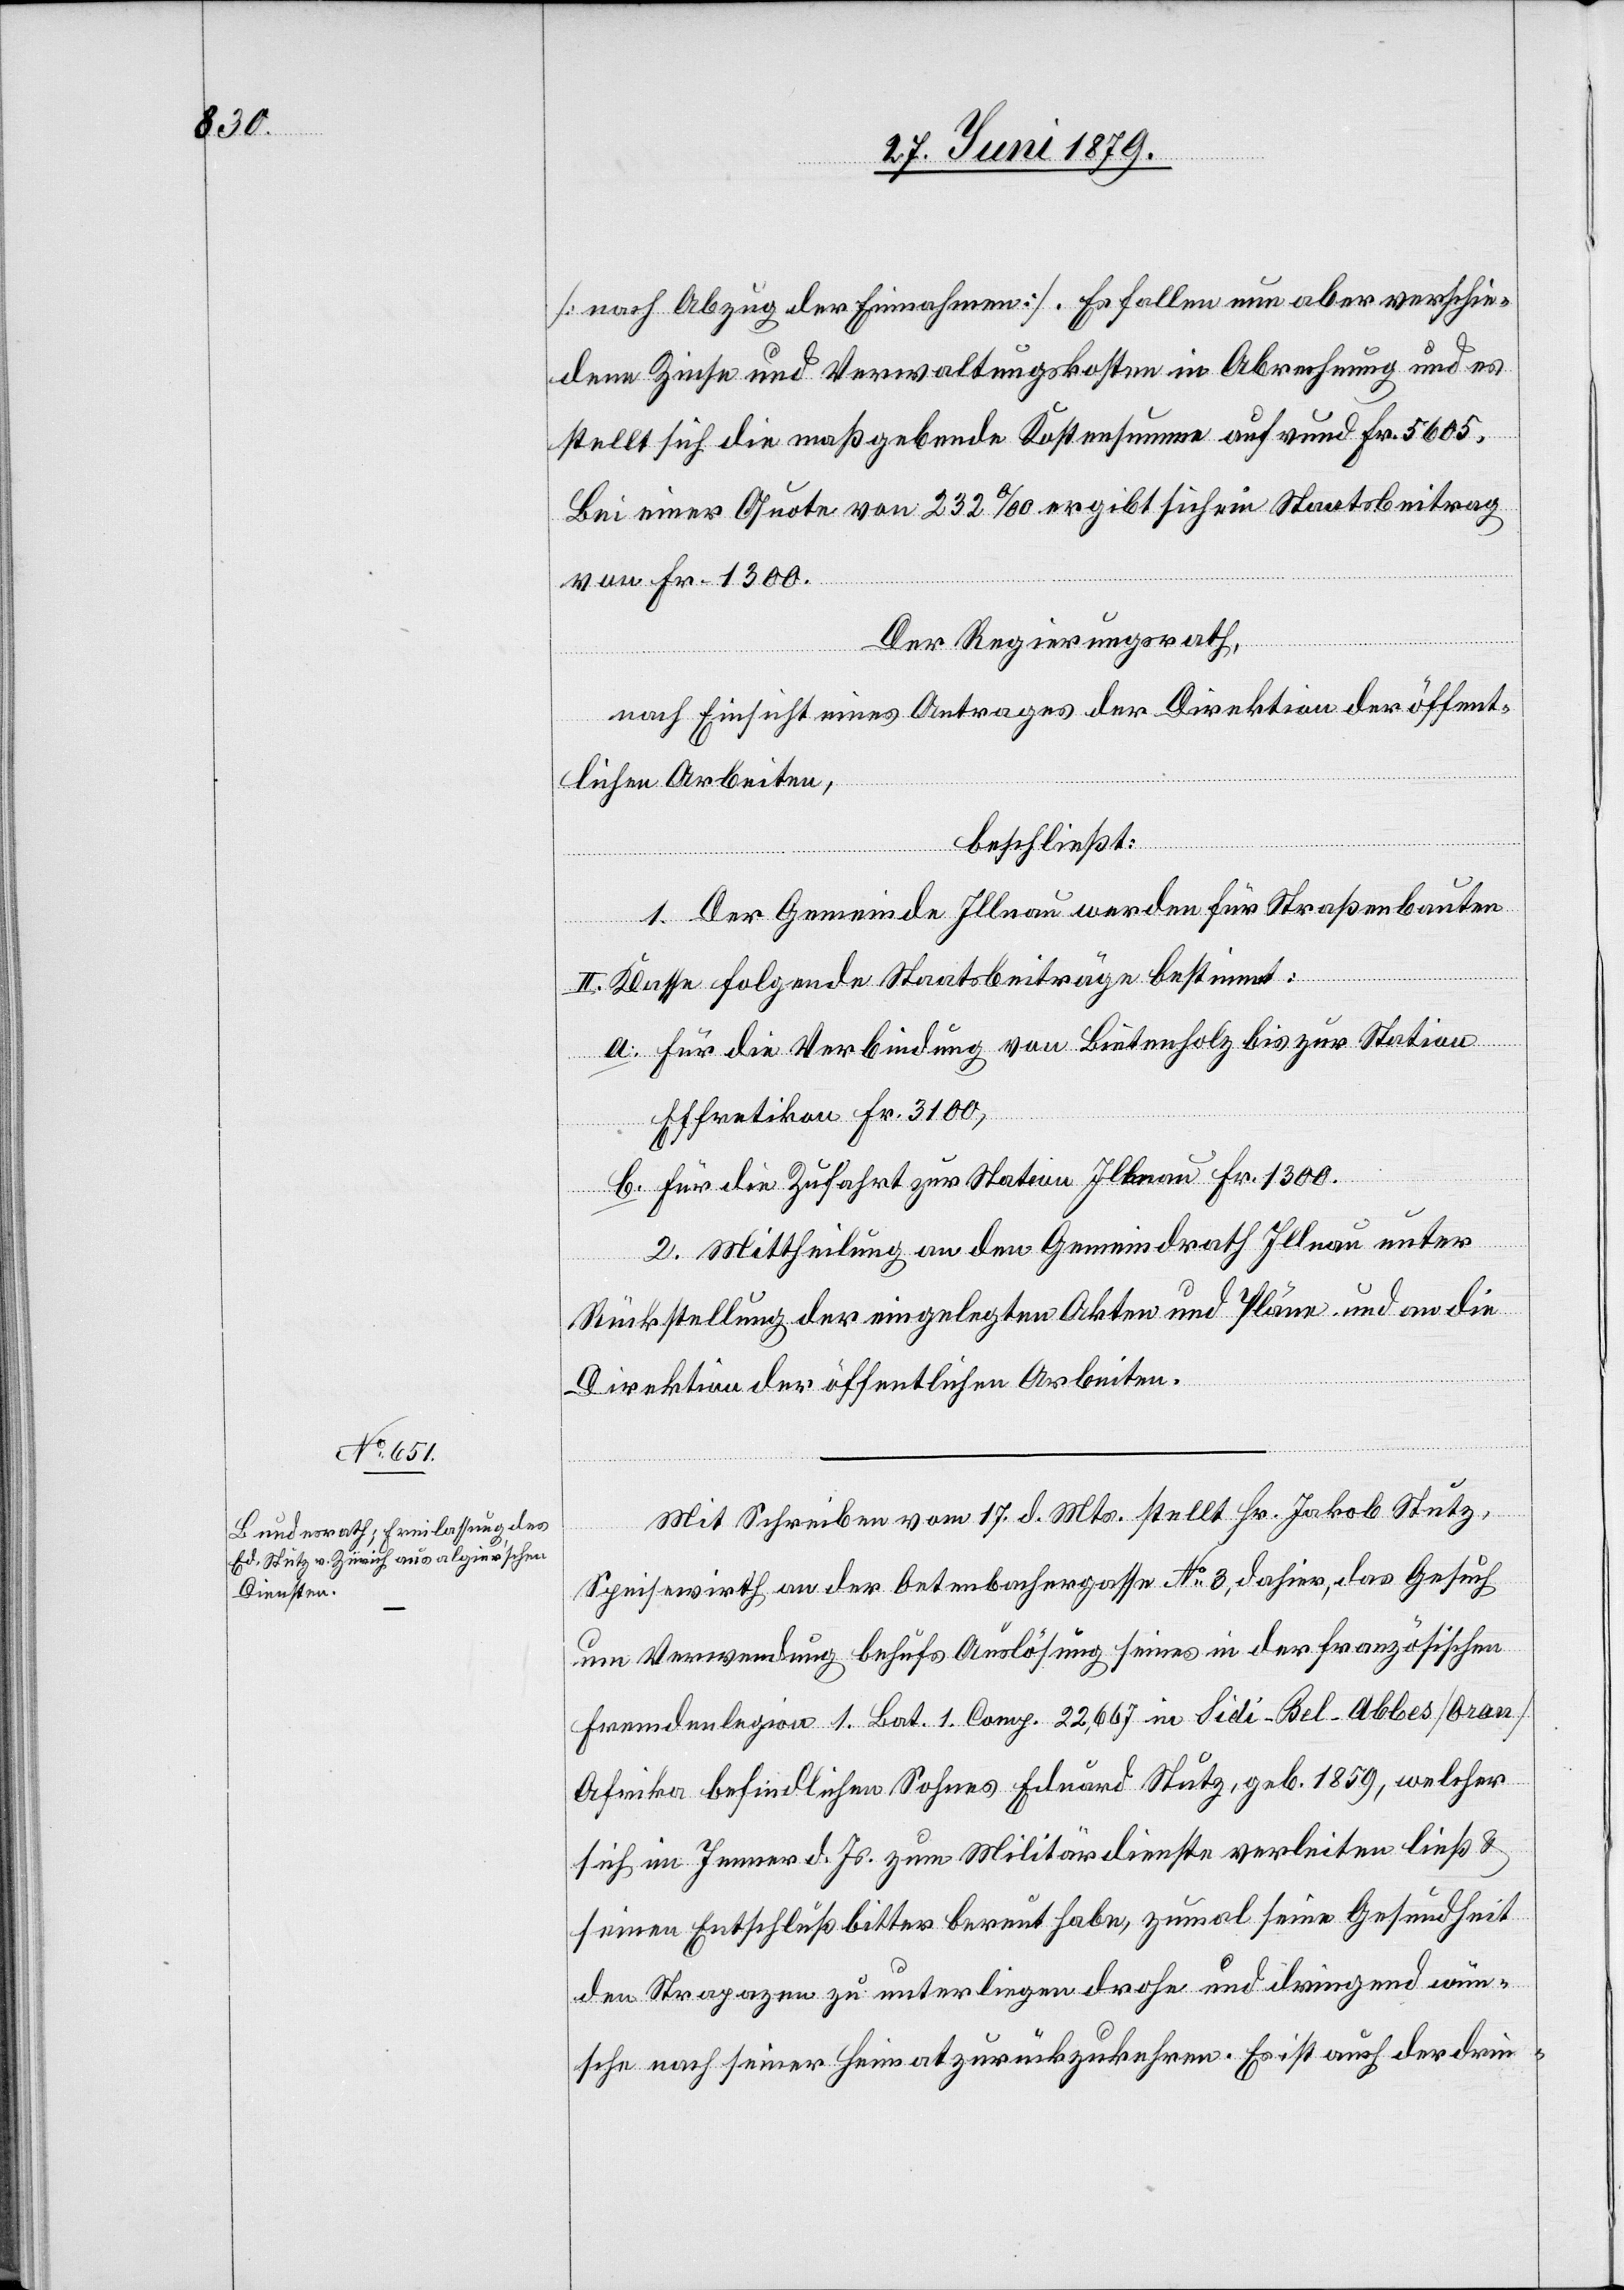
[nach Abzug der Einnahmen]. Es fallen nun aber verschie¬
dene Zinse und Verwaltungskosten in Abrechnung und es
stellt sich die maßgebende Kostensumme auf rund Fr. 5605.
Bei einer Quote von 232‰ ergibt sich ein Staatsbeitrag
von Fr. 1300.
Der Regierungsrath,
nach Einsicht eines Antrages der Direktion der öffent¬
lichen Arbeiten,
beschließt:
1. Der Gemeinde Illnau werden für Straßenbauten
II. Klasse folgende Staatsbeiträge bestimmt:
a. Für die Verbindung von Bietenholz bis zur Station
Effretikon Fr. 3100,
b. Für die Zufahrt zur Station Illnau Fr. 1300.
2. Mittheilung an den Gemeindrath Illnau unter
Rückstellung der eingelegten Akten und Pläne und an die
Direktion der öffentlichen Arbeiten.
Mit Schreiben vom 17. d. Mts. stellt Hr. Jakob Stutz,
Speisewirth an der Oetenbachergasse No 3, dahier, das Gesuch
um Verwendung behufs Auslösung seines in der französischen
Fremdenlegion 1. Ba. 1. Comp. 22,667 in Sidi-Bel-Abbes [Oran]
Afrika befindlichen Sohnes Eduard Stutz, geb. 1859, welcher
sich im Jenner d. Js. zum Militärdienste verleiten ließ &
seinen Entschluß bitter bereut habe, zumal seine Gesundheit
den Strapazen zu unterliegen drohe und dringend wün¬
sche nach seiner Heimat zurückzukehren. Es ist auch der drin-